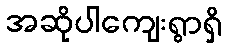
အဆိုပါကျေးရွာရှိ